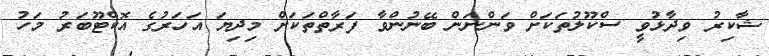
ޝާކިރު ވިދާޅުވީ ސްކޫލުތަކަށް ވަންނަން ބޭނުންވާ ފަރާތްތަކަށް މިދިޔަ އަހަރުގެ އޮކްޓޫބަރު މަހު